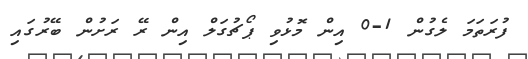
ފުރަތަމަ ލެގުން 1-0 އިން މޮޅުވި ޕޯޗުގަލް އިން ރޭ ރަށުން ބޭރުގައި